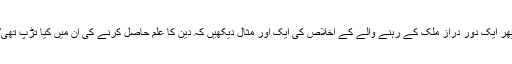
پھر ایک دور دراز ملک کے رہنے والے کے اخلاص کی ایک اور مثال دیکھیں کہ دین کا علم حاصل کرنے کی اُن میں کیا تڑپ تھی؟